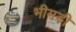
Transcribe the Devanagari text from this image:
भीमड़ी